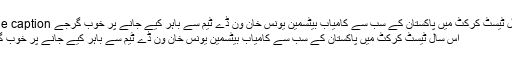
Image caption اس سال ٹیسٹ کرکٹ میں پاکستان کے سب سے کامیاب بیٹسمین یونس خان ون ڈے ٹیم سے باہر کیے جانے پر خوب گرجے
اس سال ٹیسٹ کرکٹ میں پاکستان کے سب سے کامیاب بیٹسمین یونس خان ون ڈے ٹیم سے باہر کیے جانے پر خوب گرجے۔